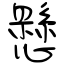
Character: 懸